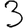
Digit: 3